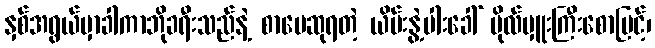
နှစ်အရွယ်မှာခါကာဘိုခရီးသည်နဲ့ စာပေဆုရတဲ့ ယိမ်းနွဲ့ပါးခေါ် ဗိုလ်မှူးကြီးစောမြင့်၊